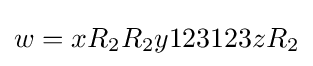
w=xR_{2}R_{2}y123123zR_{2}